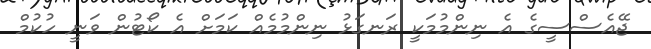
ޖޭއެސްސީގެ އެ ނިންމުމަކީ ރަނގަޅު ނިންމުމެއް ކަމަށް އެ ކޯޓުން ވަނީ ހުކުމް